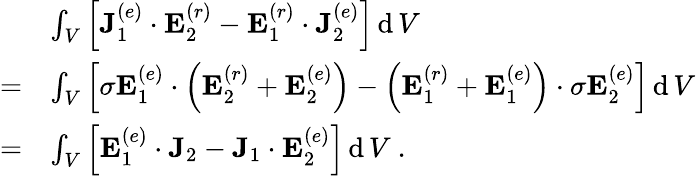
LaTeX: {\begin{array}{rl}&{\int_{V}\left[\mathbf{J}_{1}^{(e)}\cdot\mathbf{E}_{2}^{(r)}-\mathbf{E}_{1}^{(r)}\cdot\mathbf{J}_{2}^{(e)}\right]\operatorname{d}V}\\ {=}&{\int_{V}\left[\sigma\mathbf{E}_{1}^{(e)}\cdot\left(\mathbf{E}_{2}^{(r)}+\mathbf{E}_{2}^{(e)}\right)-\left(\mathbf{E}_{1}^{(r)}+\mathbf{E}_{1}^{(e)}\right)\cdot\sigma\mathbf{E}_{2}^{(e)}\right]\operatorname{d}V}\\ {=}&{\int_{V}\left[\mathbf{E}_{1}^{(e)}\cdot\mathbf{J}_{2}-\mathbf{J}_{1}\cdot\mathbf{E}_{2}^{(e)}\right]\operatorname{d}V\ .}\end{array}}